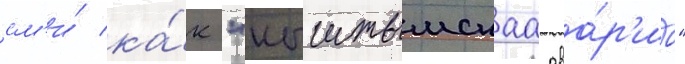
см'и́ ка́к "кыштымскаа ава́р'иа"